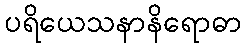
ပရိယေသနာနိရောဓာ